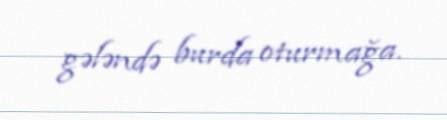
gələndə burda oturmağa.